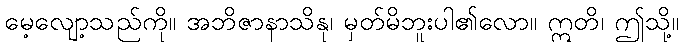
မေ့လျော့သည်ကို။ အဘိဇာနာသိနု၊ မှတ်မိဘူးပါ၏လော။ ဣတိ၊ ဤသို့။